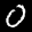
Label: 0